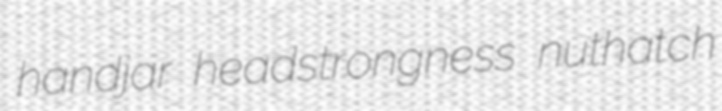
handjar headstrongness nuthatch